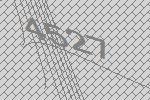
4527